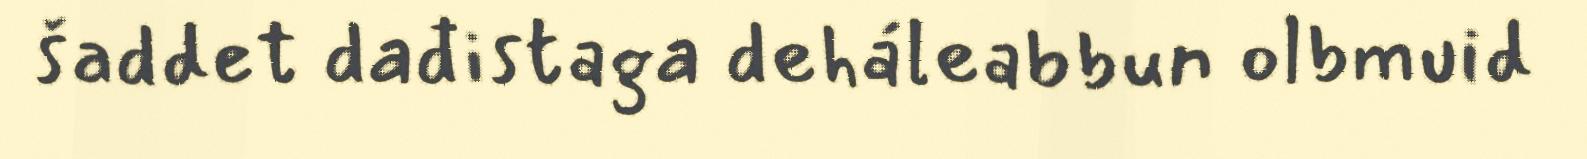
šaddet dađistaga deháleabbun olbmuid